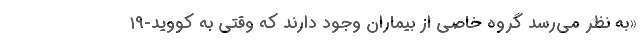
«به نظر می‌رسد گروه خاصی از بیماران وجود دارند که وقتی به کووید-۱۹